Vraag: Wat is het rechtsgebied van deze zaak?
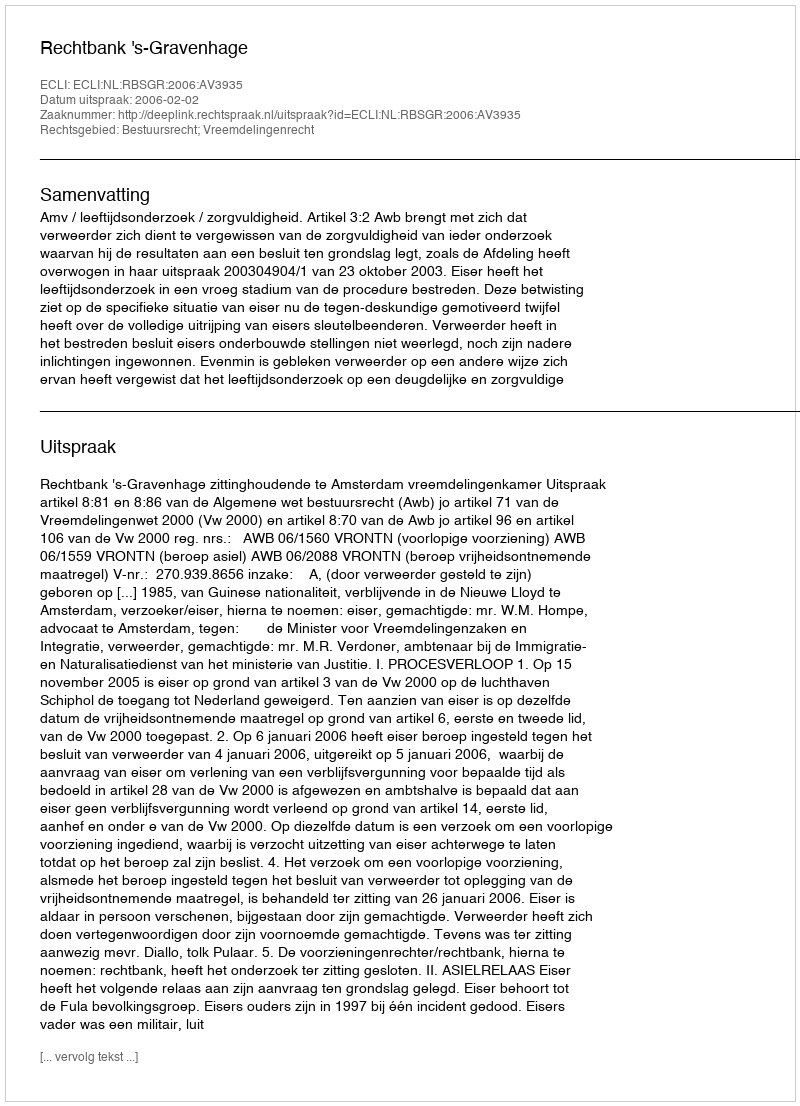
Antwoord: Bestuursrecht; Vreemdelingenrecht